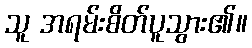
သူ အရမ်းစိတ်ပူသွား၏။